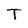
Character: T